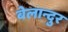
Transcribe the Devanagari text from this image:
बेलान्दुर